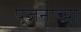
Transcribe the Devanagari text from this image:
पूजनाच्या